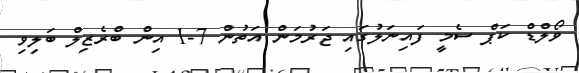
ވޯލްޑް ކަޕް ސެމީ ފައިނަލުގައި ޖަރުމަން އަތުން 7-1 އިން ބްރެޒިލް ބަލިވި